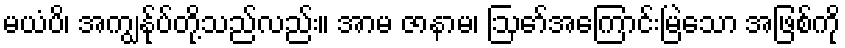
မယံပိ၊ အကျွန်ုပ်တို့သည်လည်း။ အာမ ဇာနာမ၊ ဩော်အကြောင်းမြဲသော အဖြစ်ကို